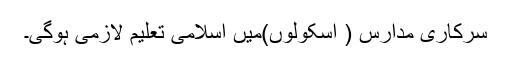
سرکاری مدارس ( اسکولوں)میں اسلامی تعلیم لازمی ہوگی۔